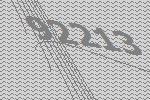
92213